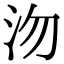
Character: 沕